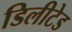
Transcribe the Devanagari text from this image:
डिलीटेड